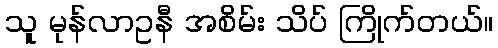
သူ မုန်လာဥနီ အစိမ်း သိပ် ကြိုက်တယ်။